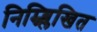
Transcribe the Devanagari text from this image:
निम्न्ब्लिखित